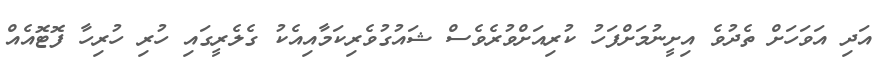
އަދި އަވަހަށް ތެދުވެ އިށީނުމަށްފަހު ކުރިއަށްވުރެވެސް ޝައުގުވެރިކަމާއިއެކު ގެލެރީގައި ހުރި ހުރިހާ ފޮޓޮއެއް